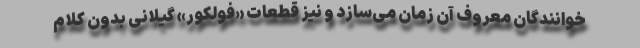
خوانندگان معروف آن زمان می‌سازد و نیز قطعات «فولکور» گیلانی بدون کلام